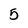
Character: 5